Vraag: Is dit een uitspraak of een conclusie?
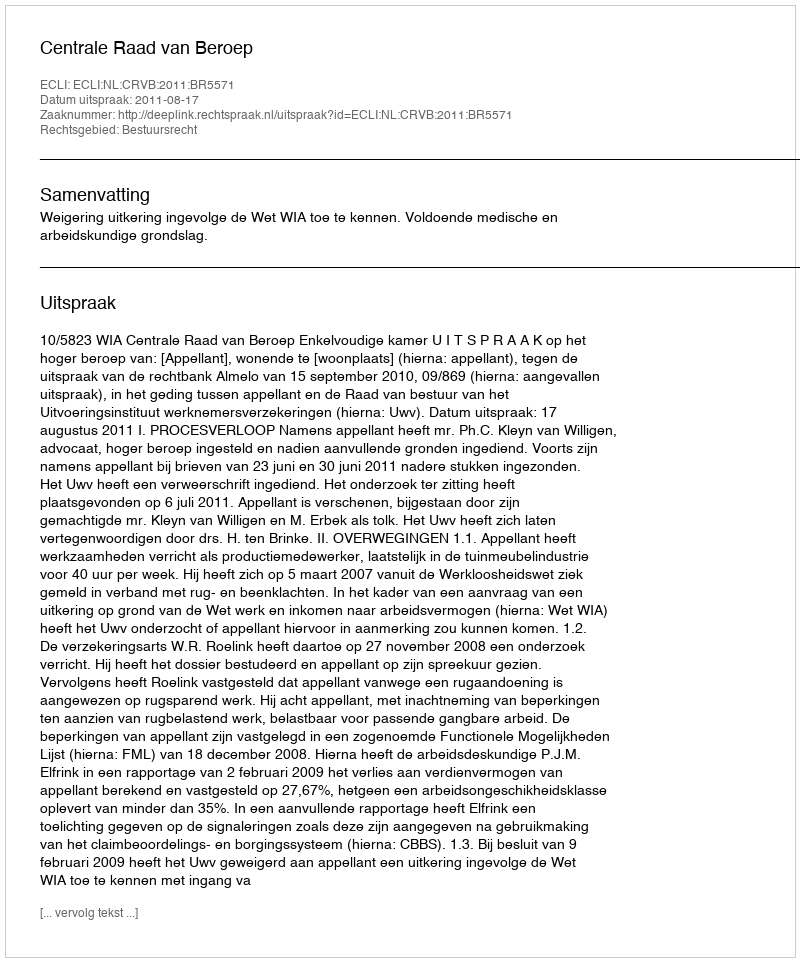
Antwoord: Uitspraak